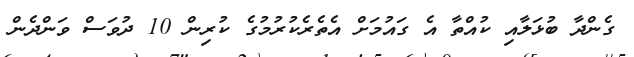
ގެންދާ ބުޅަލާއި ކުއްތާ އެ ގައުމަށް އެތެރެކުރުމުގެ ކުރިން 10 ދުވަސް ވަންދެން